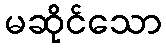
မဆိုင်သော